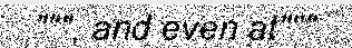
""", and even at"""